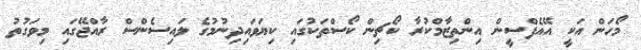
މޯހަން އަކީ އޭއެފްސީން އިންތިޒާމްކުރާ ކޯޗިން ކޯސްތަކުގައި ކިޔަވައިދިނުމުގެ ލައިސެންސް ރާއްޖޭގައި މިވަގުތު